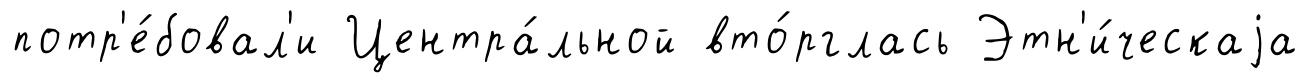
потр'е́бовал'и Центра́льной вто́рглась Этн'и́ческаjа